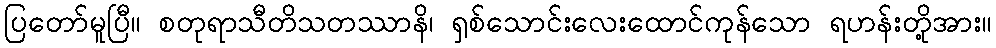
ပြတော်မူပြီ။ စတုရာသီတိသတဿာနိ၊ ရှစ်သောင်းလေးထောင်ကုန်သော ရဟန်းတို့အား။